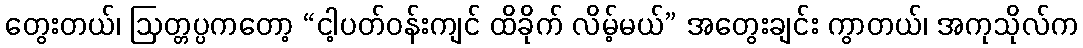
တွေးတယ်၊ ဩတ္တပ္ပကတော့ “ငါ့ပတ်ဝန်းကျင် ထိခိုက် လိမ့်မယ်” အတွေးချင်း ကွာတယ်၊ အကုသိုလ်က